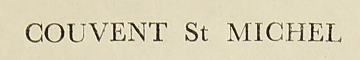
Couvent St Michel